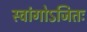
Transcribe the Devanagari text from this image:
स्वांगोऽजितः